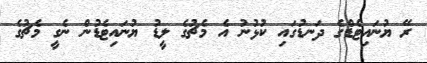
ރޭ ޔުނައިޓެޑްގެ ދަނޑުގައި ކުޅުނު އެ މެޗުގެ ލީޑު ޔުނައިޓެޑުން ނެގީ މެޗުގެ